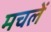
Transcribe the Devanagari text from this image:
मचलें